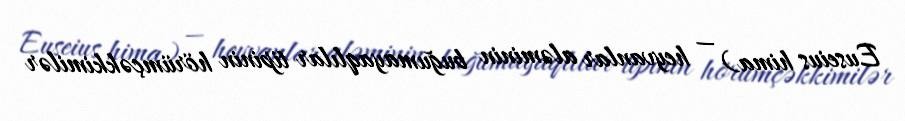
Euseius hima) — heyvanlar aləminin buğumayaqlılar tipinin hörümçəkkimilər